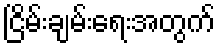
ငြိမ်းချမ်းရေးအတွက်